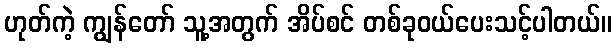
ဟုတ်ကဲ့ ကျွန်တော် သူ့အတွက် အိပ်စင် တစ်ခုဝယ်ပေးသင့်ပါတယ်။